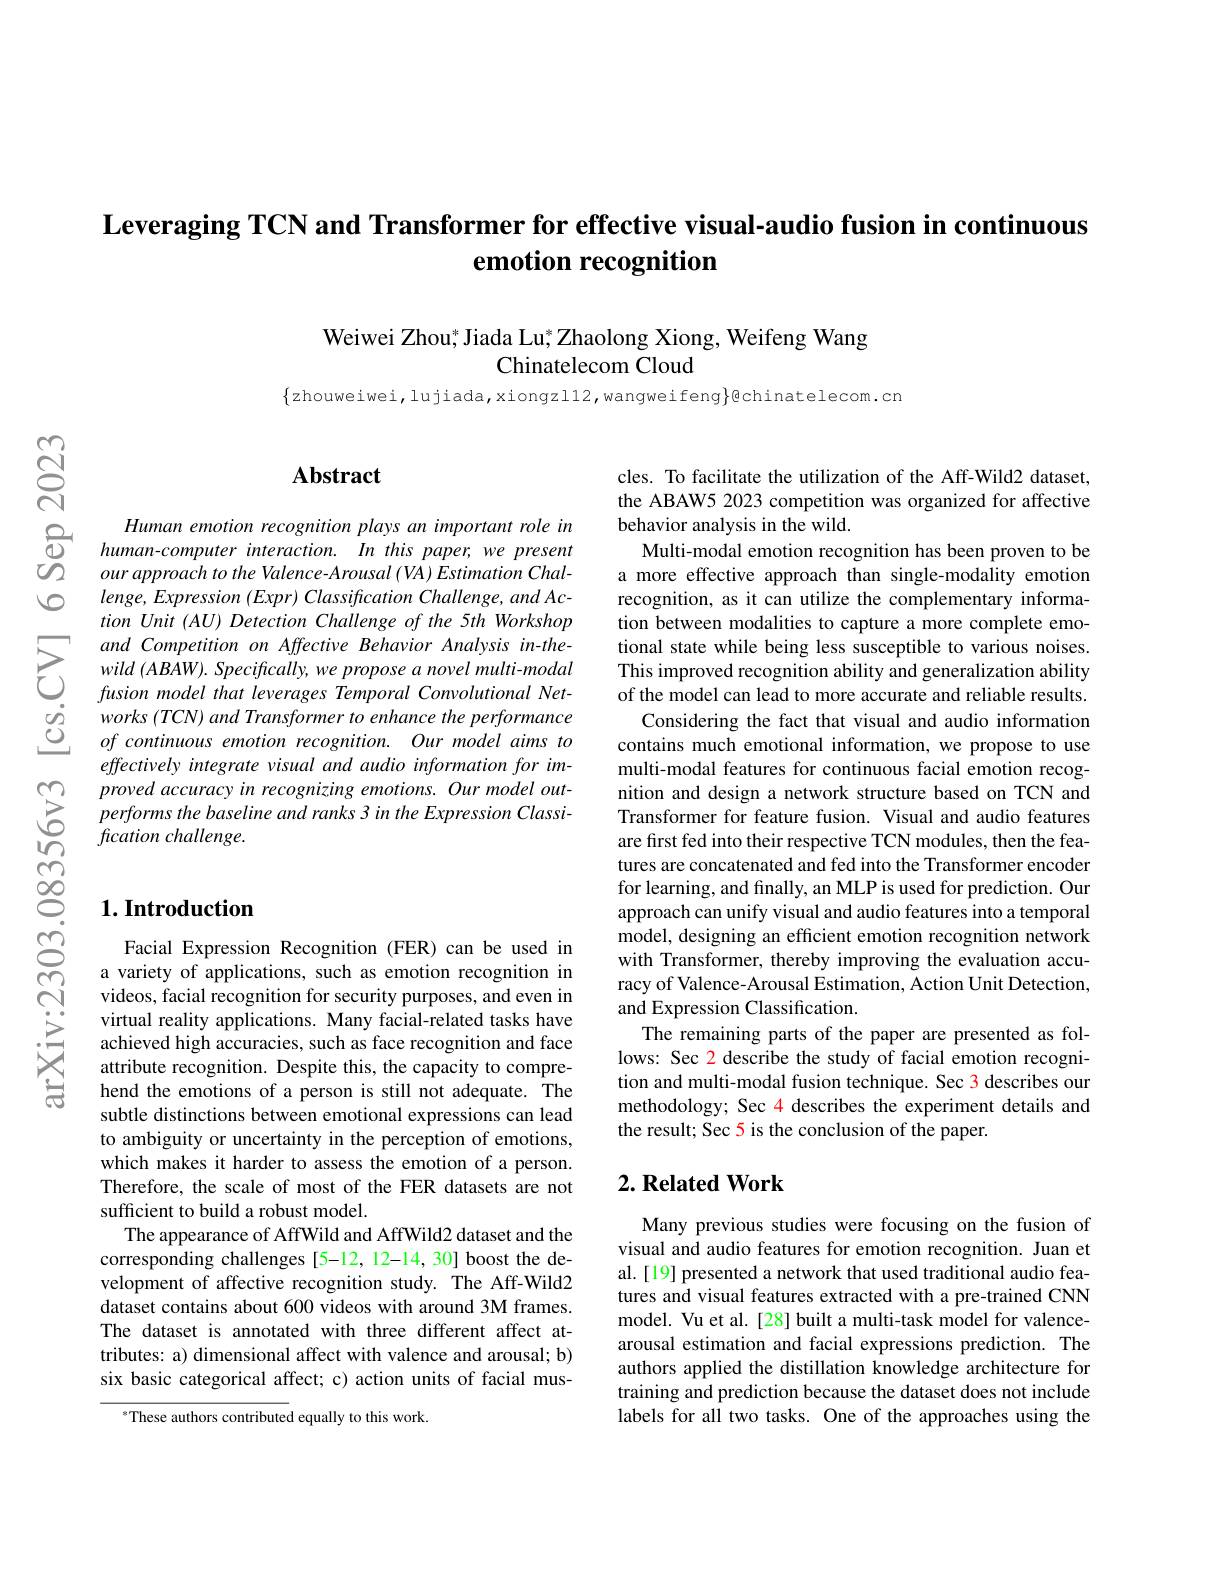
# $\textbf{Leveraging TCN and Transformer for effective visual- audio fusion in continuous}$ emotion recognition

Weiwei Zhou;$^*$Jiada Lu;$^*$Zhaolong Xiong, Weifeng Wang
Chinatelecom Cloud

$\{$zhouweiwei,lujiada,xiongzl12,wangweifeng}@chinatelecom.cn

$\textcircled{1}$

$\undergroup{\undergroup{\varrho}}$

$ଟ୍ରି$

## $\mathbf{Abstract}$

$\begin{array}{cc}\text{Human emotion recognition plays an important role in}\\\textcircled{0}&\text{human-computer interaction. In this paper, we present}\\\textcircled{0}&\text{our approach to the Valence-Arousal (VA)Estimation Chal-}\end{array}$
$lenge,Expression~(Expr)~Classification~Challenge,~and~Ac-$ tion Unit $( AU) \textit{Detection Challenge of the 5th Workshop}$
$\sum_{\begin{array}{cc}and&Competition&on&Affective&Behavior&Analysis&in-the-\\&wild&(ABAW).&Specifically,we&propose&a&novel&multi-modal\\&fusion&model&that&leverages&Temporal&Convolutional&Net-\end{array}}$
works (TCN) and Transformer to enhance the performance of continuous emotion recognition. Our model aims to effectively integrate visual and audio information for im-
$\sum _{0}^{\infty }$ $proved accuracy in recognizing emotions. Our model out- 0$ $performs the baseline and ranks 3 in the Expression Classi- focation challenge. fous fous fous fous fous fous fous fous fous fous fous fous fous fous fous fous fous fous fous fouss fous$
fication challenge.

## $1. \textbf{Introduction}$

Facial Expression Recognition (FER) can be used in a variety of applications, such as emotion recognition in videos, facial recognition for security purposes, and even in virtual reality applications. Many facial-related tasks have achieved high accuracies, such as face recognition and face attribute recognition. Despite this, the capacity to comprehend the emotions of a person is still not adequate. The subtle distinctions between emotional expressions can lead to ambiguity or uncertainty in the perception of emotions, which makes it harder to assess the emotion of a person. Therefore, the scale of most of the FER datasets are not sufficient to build a robust model.
The appearance of AffWild and AffWild2 dataset and the corresponding challenges [5-12, 12-14, 30] boost the development of affective recognition study. The Aff-Wild2 dataset contains about 600 videos with around 3M frames. The dataset is annotated with three different affect attributes: a) dimensional affect with valence and arousal; b) six basic categorical affect; c) action units of facial mus-

$^{*}$These authors contributed equally to this work.

cles. To facilitate the utilization of the Aff-Wild2 dataset, the ABAW5 2023 competition was organized for affective behavior analysis in the wild.

Multi-modal emotion recognition has been proven to be a more effective approach than single-modality emotion recognition, as it can utilize the complementary information between modalities to capture a more complete emotional state while being less susceptible to various noises. This improved recognition ability and generalization ability of the model can lead to more accurate and reliable results.
Considering the fact that visual and audio information contains much emotional information, we propose to use multi-modal features for continuous facial emotion recognition and design a network structure based on TCN and Transformer for feature fusion. Visual and audio features are first fed into their respective TCN modules, then the features are concatenated and fed into the Transformer encoder for learning, and fınally, an MLP is used for prediction. Our approach can unify visual and audio features into a temporal model, designing an efficient emotion recognition network with Transformer, thereby improving the evaluation accuracy of Valence-Arousal Estimation, Action Unit Detection, and Expression Classification.
The remaining parts of the paper are presented as follows: Sec 2 describe the study of facial emotion recognition and multi-modal fusion technique. Sec 3 describes our methodology; Sec 4 describes the experiment details and the result; Sec 5 is the conclusion of the paper.

### $2. \textbf{Related Work}$

Many previous studies were focusing on the fusion of visual and audio features for emotion recognition. Juan et al. [19] presented a network that used traditional audio features and visual features extracted with a pre-trained CNN model. Vu et al. [28] built a multi-task model for valencearousal estimation and facial expressions prediction. The authors applied the distillation knowledge architecture for training and prediction because the dataset does not include labels for all two tasks. One of the approaches using the